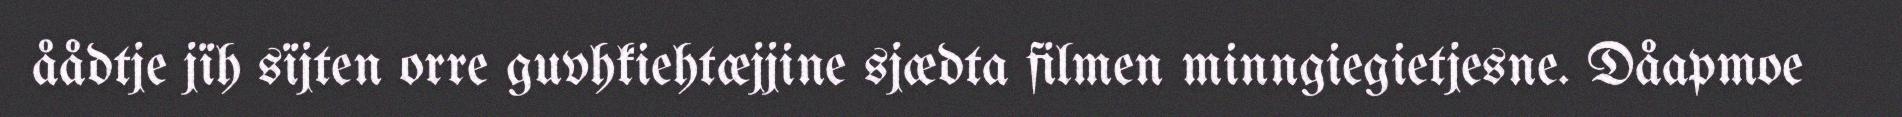
åådtje jïh sïjten orre guvhkiehtæjjine sjædta filmen minngiegietjesne. Dåapmoe